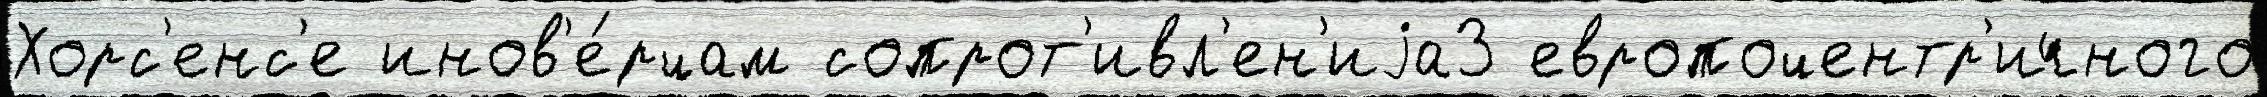
Хорс'енс'е инов'е́рцам сопрот'ивл'ен'иjа3 европоцентр'ичного